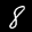
Label: 8